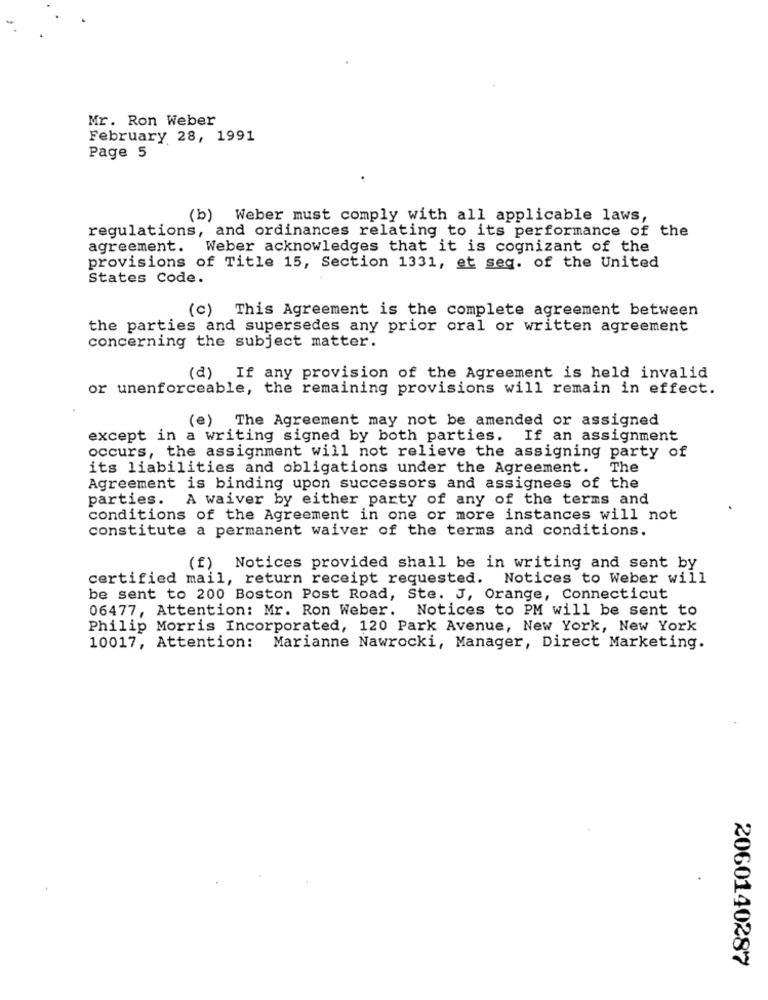
Mr. Ron Weber
February 28, 1991
Page 5
(b)
Weber must comply with all applicable laws,
regulations, and ordinances relating to its performance of the
agreement. Weber acknowledges that it is cognizant of the
provisions of Title 15, Section 1331, et seq. of the United
States Code.
(c) This Agreement is the complete agreement between
the parties and supersedes any prior oral or written agreement
concerning the subject matter.
(d) If any provision of the Agreement is held invalid
or unenforceable, the remaining provisions will remain in effect.
(e) The Agreement may not be amended or assigned
except in a writing signed by both parties. If an assignment
occurs, the assignment will not relieve the assigning party of
its liabilities and obligations under the Agreement. The
Agreement is binding upon successors and assignees of the
parties.
A waiver by either party of any of the terms and
conditions of the Agreement in one or more instances will not
constitute a permanent waiver of the terms and conditions.
(f) Notices provided shall be in writing and sent by
certified mail, return receipt requested. Notices to Weber will
be sent to 200 Boston Post Road, Ste. J, Orange, Connecticut
06477, Attention: Mr. Ron Weber. Notices to PM will be sent to
Philip Morris Incorporated, 120 Park Avenue, New York, New York
10017, Attention: Marianne Nawrocki, Manager, Direct Marketing.
2060140287